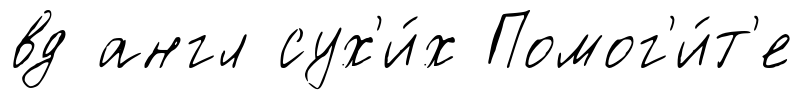
вд англ сух'и́х Помог'и́т'е